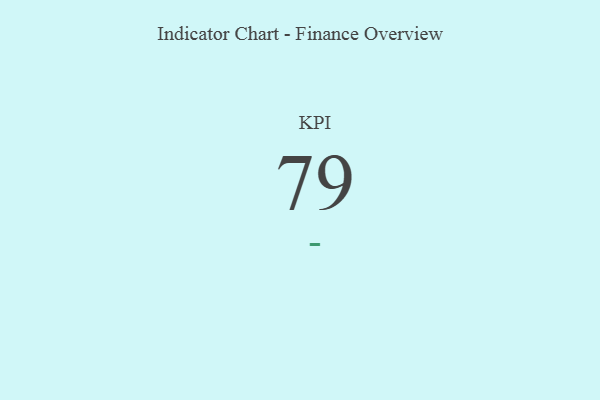
{"axis": {"x": "KPI", "y": "Value"}, "legend": [""], "data": [{"x": "KPI", "y": 79, "type": ""}]}